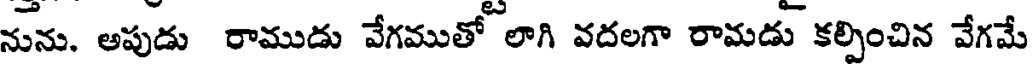
నును. ఆపుడు రాముడు వేగముతో లాగి వదలగా రామడు కల్పించిన వేగమే